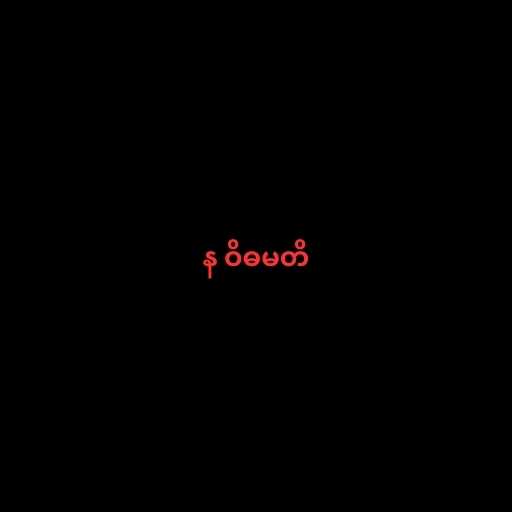
န ဝိဓမတိ